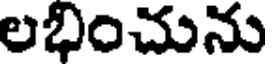
లభించును